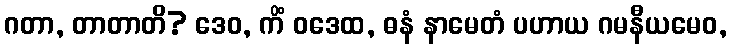
ဂတာ, တာတာတိ? ဒေဝ, ကိံ ဝဒေထ, ဓနံ နာမေတံ ပဟာယ ဂမနီယမေဝ,